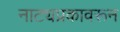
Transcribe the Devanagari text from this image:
नाट्यप्रकावरून